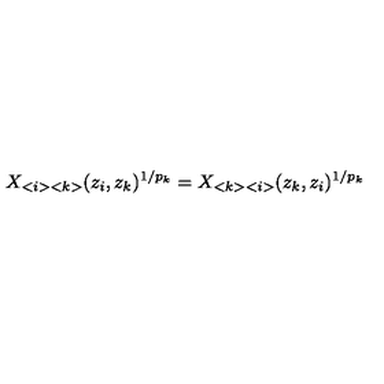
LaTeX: X _ { < i > < k > } ( z _ { i } , z _ { k } ) ^ { 1 / p _ { k } } = X _ { < k > < i > } ( z _ { k } , z _ { i } ) ^ { 1 / p _ { k } }